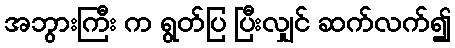
အဘွားကြီး က ရွတ်ပြ ပြီးလျှင် ဆက်လက်၍